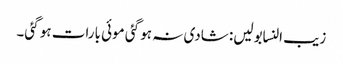
زیب النسابولیں: شادی نہ ہو گئی موئی بارات ہو گئی۔